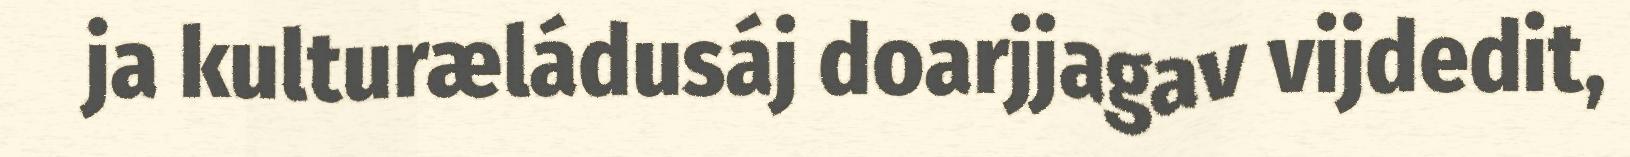
ja kulturæládusáj doarjjagav vijdedit,